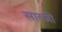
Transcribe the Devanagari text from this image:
सारजी